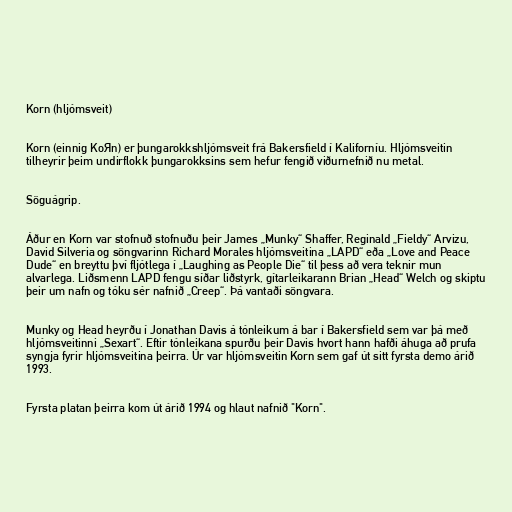
Korn (hljómsveit)

Korn (einnig KoЯn) er þungarokkshljómsveit frá Bakersfield í Kaliforníu. Hljómsveitin
tilheyrir þeim undirflokk þungarokksins sem hefur fengið viðurnefnið nu metal.

Söguágrip.

Áður en Korn var stofnuð stofnuðu þeir James „Munky“ Shaffer, Reginald „Fieldy“ Arvizu,
David Silveria og söngvarinn Richard Morales hljómsveitina „LAPD“ eða „Love and Peace
Dude“ en breyttu því fljótlega í „Laughing as People Die“ til þess að vera teknir mun
alvarlega. Liðsmenn LAPD fengu síðar liðstyrk, gítarleikarann Brian „Head“ Welch og skiptu
þeir um nafn og tóku sér nafnið „Creep“. Þá vantaði söngvara.

Munky og Head heyrðu í Jonathan Davis á tónleikum á bar í Bakersfield sem var þá með
hljómsveitinni „Sexart“. Eftir tónleikana spurðu þeir Davis hvort hann hafði áhuga að prufa
syngja fyrir hljómsveitina þeirra. Úr var hljómsveitin Korn sem gaf út sitt fyrsta demo árið
1993.

Fyrsta platan þeirra kom út árið 1994 og hlaut nafnið "Korn".